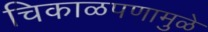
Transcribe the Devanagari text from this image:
चिकाळपणामुळे